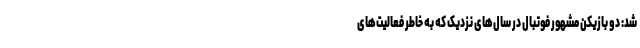
شد: دو بازیکن مشهور فوتبال در سال‌های نزدیک که به خاطر فعالیت‌های